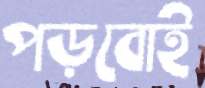
পড়বোই